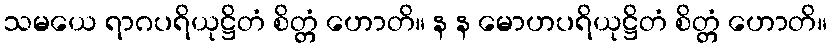
သမယေ ရာဂပရိယုဋ္ဌိတံ စိတ္တံ ဟောတိ။ န န မောဟပရိယုဋ္ဌိတံ စိတ္တံ ဟောတိ။